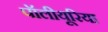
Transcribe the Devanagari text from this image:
पॉलीयूरिया